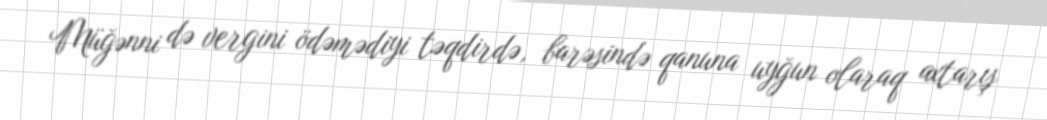
Müğənni də vergini ödəmədiyi təqdirdə, barəsində qanuna uyğun olaraq axtarış